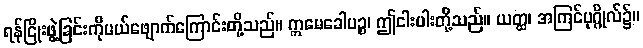
ရန်ငြိုးဖွဲ့ခြင်းကိုပယ်ဖျောက်ကြောင်းတို့သည်။ ဣမေခေါပဉ္စ၊ ဤငါးပါးတို့သည်။ ယတ္ထ၊ အကြင်ပုဂ္ဂိုလ်၌။